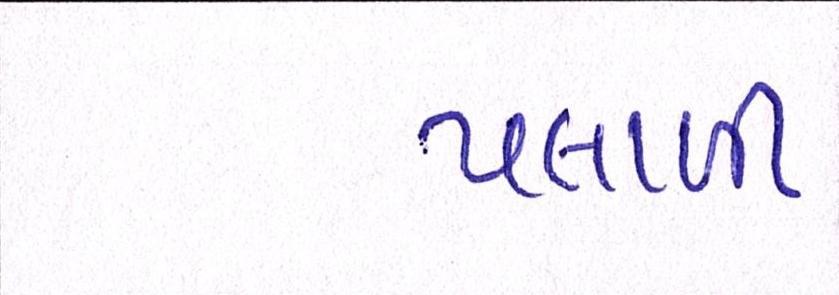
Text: પલાળી